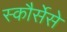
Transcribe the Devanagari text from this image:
स्कौर्सेसे